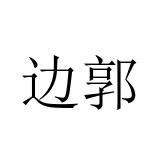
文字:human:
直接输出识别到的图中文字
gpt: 边郭